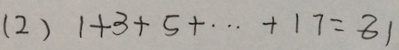
( 2 ) 1 + 3 + 5 + \cdots + 1 7 = 8 1